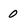
Character: 0